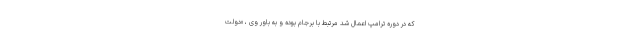
که در دوره ترامپ اعمال شد مرتبط با برجام بوده و به باور وی ، «دولت